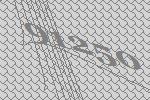
91250